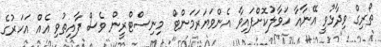
ތޯރިގް ވިދާޅުވީ އޭނާއާ ހަވާލުކޮށްފައިވާ އެންވަޔަރަމަންޓް މިނިސްޓްރީން ވެސް ފާއިތުވި އެއް އަހަރުގެ